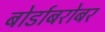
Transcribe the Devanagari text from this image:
बोर्डाबरोबर